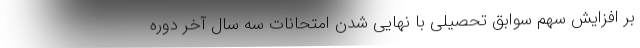
بر افزایش سهم سوابق تحصیلی با نهایی شدن امتحانات سه سال آخر دوره